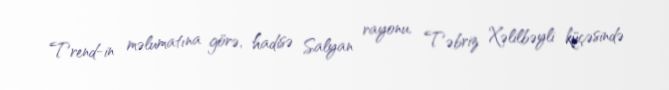
Trend-in məlumatına görə, hadisə Salyan rayonu, Təbriz Xəlilbəyli küçəsində